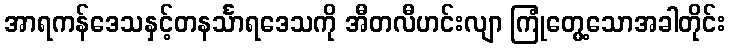
အာရကန်ဒေသနှင့်တနင်္သာရဒေသကို အီတလီဟင်းလျာ ကြုံတွေ့သောအခါတိုင်း